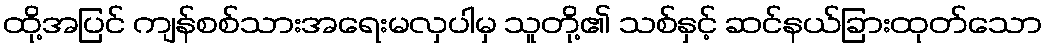
ထို့အပြင် ကျန်စစ်သားအရေးမလှပါမှ သူတို့၏ သစ်နှင့် ဆင်နယ်ခြားထုတ်သော